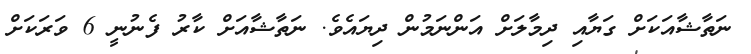
ނަތާޝާއަކަށް ގަޔާއި ދިމާލަށް އަންނަމުން ދިޔައެވެ. ނަތާޝާއަށް ކާރު ފެނުނީ 6 ވަރަކަށް